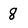
Character: 8